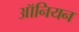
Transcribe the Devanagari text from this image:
ऑनियन